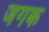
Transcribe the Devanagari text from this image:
जगक